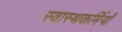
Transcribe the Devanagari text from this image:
स्वास्थकर्मियों